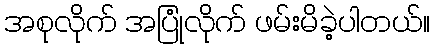
အစုလိုက် အပြုံလိုက် ဖမ်းမိခဲ့ပါတယ်။